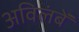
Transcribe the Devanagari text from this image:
अविलंबें